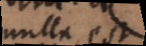
nulla est